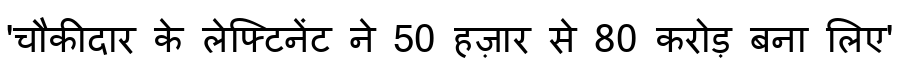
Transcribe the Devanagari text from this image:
'चौकीदार के लेफ्टिनेंट ने 50 हज़ार से 80 करोड़ बना लिए'